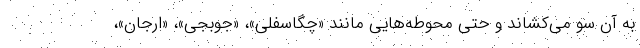
به آن سو می‌کشاند و حتی محوطه‌هایی مانند «چگاسفلی»، «جوبجی»، «ارجان»،